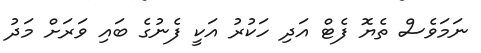
ނަމަވެސް ތެޔޮ ފެޓް އަދި ހަކުރު އަކީ ފެނުގެ ބައި ވަރަށް މަދު